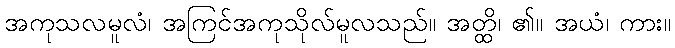
အကုသလမူလံ၊ အကြင်အကုသိုလ်မူလသည်။ အတ္ထိ၊ ၏။ အယံ၊ ကား။